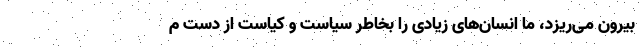
بیرون می‌ریزد، ما انسان‌های زیادی را بخاطر سیاست و کیاست از دست م